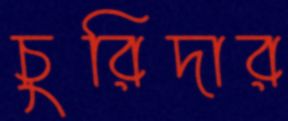
চুরিদার